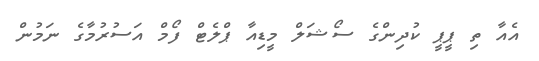
އެއާ ތި ޕީޕީ ކުދިންގެ ސޯޝަލް މީޑިއާ ޕްލެޓް ފޯމް އަސުރުމާގެ ނަމުން